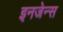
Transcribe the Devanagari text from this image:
इनजेन्स